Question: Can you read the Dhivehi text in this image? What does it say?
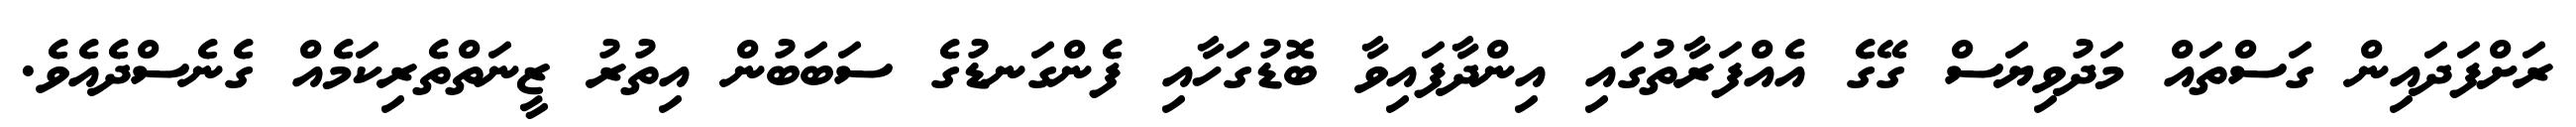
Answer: ރަށްފަދައިން ގަސްތައް މަދުވިޔަސް ގޭގެ އެއްފަރާތުގައި އިންދާފައިވާ ބޮޑުގަހާއި ފެންގަނޑުގެ ސަބަބުން އިތުރު ޒީނަތްތެރިކަމެއް ގެނެސްދެއެވެ.